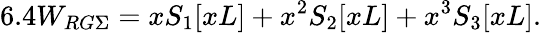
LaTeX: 6.4W_{RG\Sigma}=xS_{1}[xL]+x^{2}S_{2}[xL]+x^{3}S_{3}[xL].